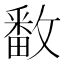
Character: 𫿓